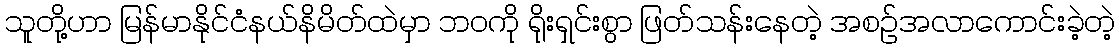
သူတို့ဟာ မြန်မာနိုင်ငံနယ်နိမိတ်ထဲမှာ ဘဝကို ရိုးရှင်းစွာ ဖြတ်သန်းနေတဲ့ အစဉ်အလာကောင်းခဲ့တဲ့